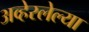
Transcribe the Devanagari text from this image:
अव्हेरलेल्या